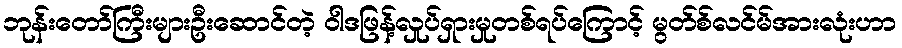
ဘုန်းတော်ကြီးများဦးဆောင်တဲ့ ဝါဒဖြန့်လှုပ်ရှားမှုတစ်ရပ်ကြောင့် မွတ်စ်လင်မ်အားလုံးဟာ